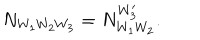
LaTeX: N _ { W _ { 1 } W _ { 2 } W _ { 3 } } = N _ { W _ { 1 } W _ { 2 } } ^ { W _ { 3 } ^ { \prime } } .